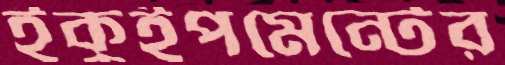
ইকুইপমেন্টের